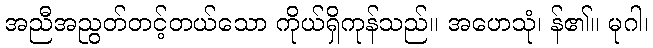
အညီအညွတ်တင့်တယ်သော ကိုယ်ရှိကုန်သည်။ အဟေသုံ၊ န်၏။ မုဂါ၊